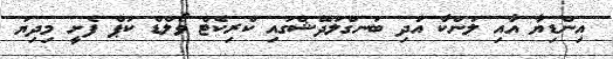
އިންޑިޔާ އާއި ލަންކާ އަދި ބަނގްލަދޭޝްގައި ކްރިކެޓް ވޯލްޑް ކަޕް ފެށީ މިދިޔަ